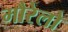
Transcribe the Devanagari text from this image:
मौरेलो